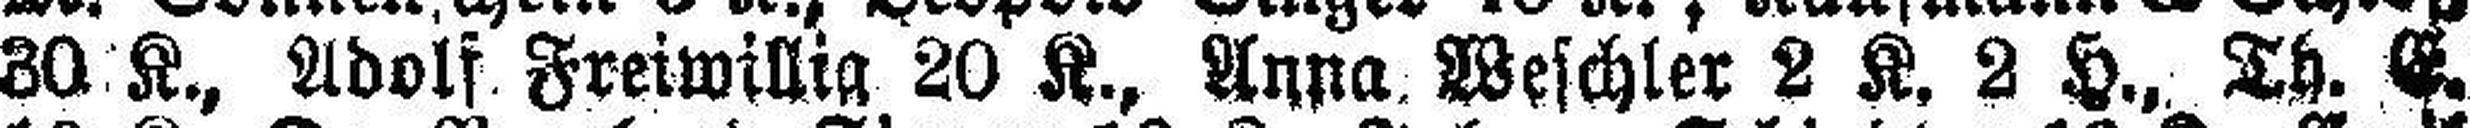
30 K., Adolf Freiwillig 20 K., Anna. Weschler 2 K. 2 H., Th. E.